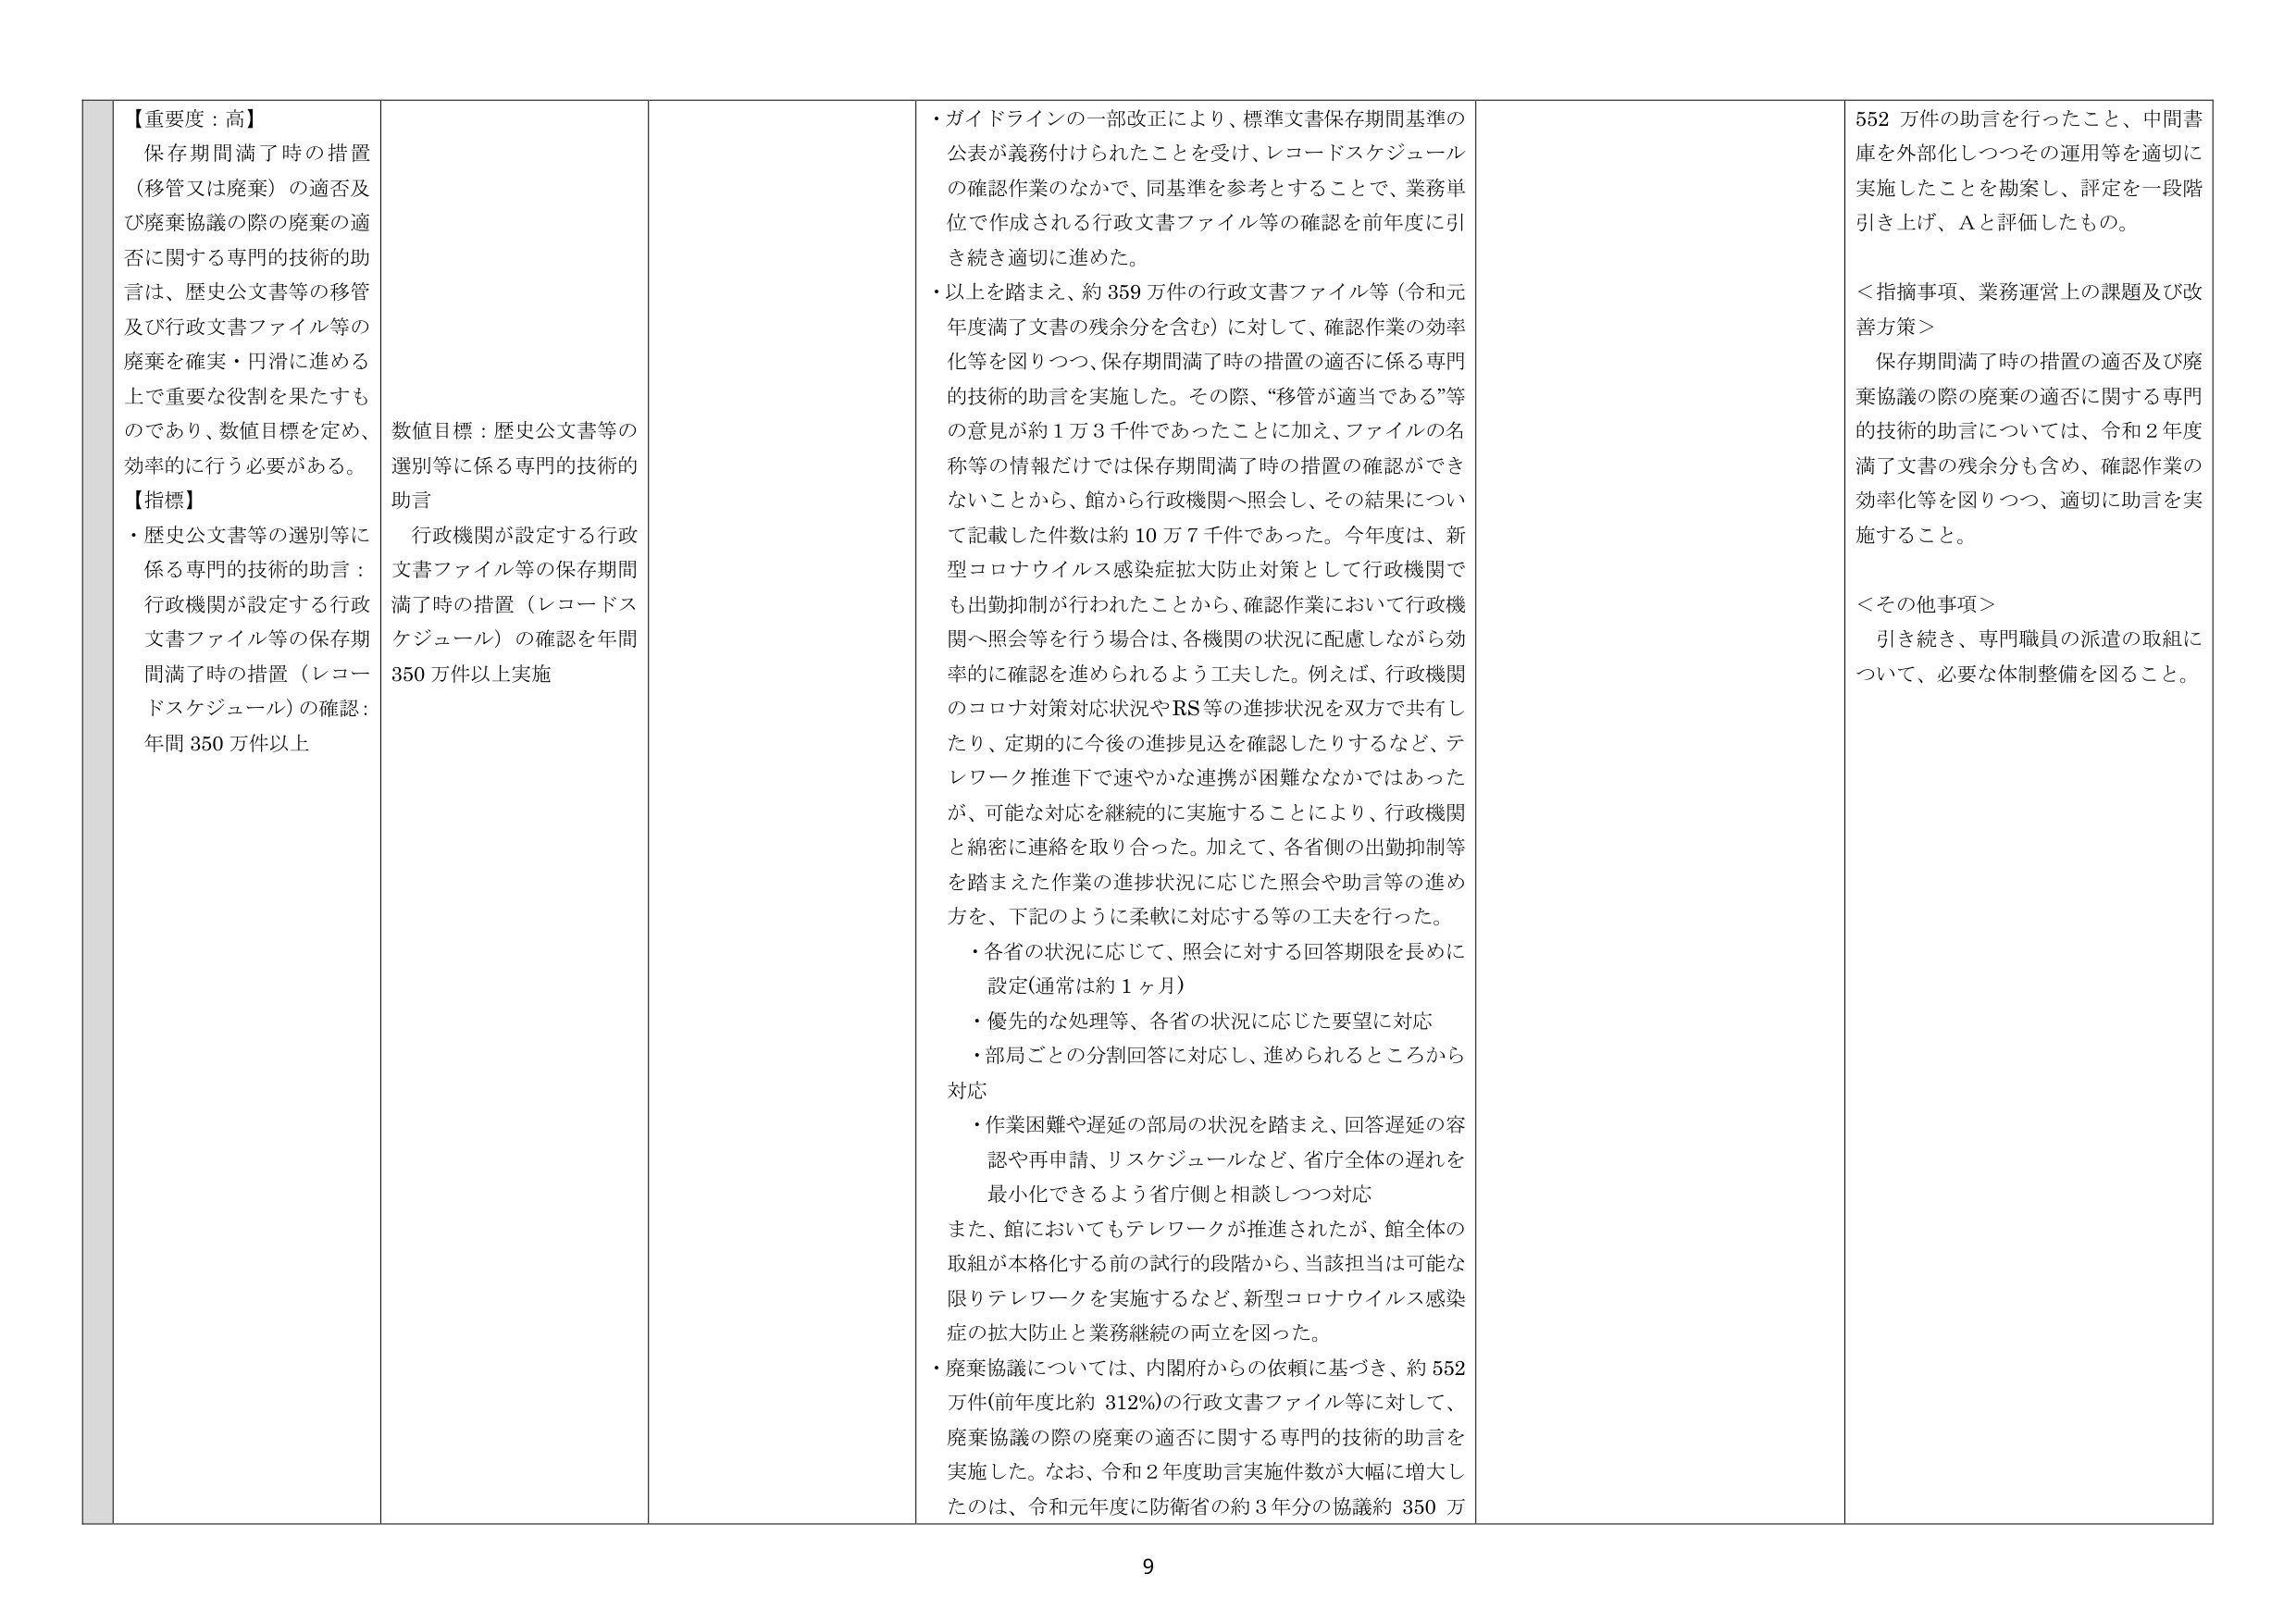
【重要度：高】
保存期間満了時の措置（移管又は廃棄）の適否及び廃棄協議の際の廃棄の適否に関する専門的技術的助言は、歴史公文書等の移管及び行政文書ファイル等の廃棄を確実・円滑に進める上で重要な役割を果たすものであり、数値目標を定め、効率的に行う必要がある。

【指標】
・歴史公文書等の選別等に係る専門的技術的助言：行政機関が設定する行政文書ファイル等の保存期間満了時の措置（レコードスケジュール）の確認：年間350万件以上

数値目標：歴史公文書等の選別等に係る専門的技術的助言
行政機関が設定する行政文書ファイル等の保存期間満了時の措置（レコードスケジュール）の確認を年間350万件以上実施

・ガイドラインの一部改正により、標準文書保存期間基準の公表が義務付けられたことを受け、レコードスケジュールの確認作業のなかで、同基準を参考とすることで、業務単位で作成される行政文書ファイル等の確認を前年度に引き続き適切に進めた。
・以上を踏まえ、約359万件の行政文書ファイル等（令和元年度満了文書の残余分を含む）に対して、確認作業の効率化等を図りつつ、保存期間満了時の措置の適否に係る専門的技術的助言を実施した。その際、“移管が適当である”等の意見が約1万3千件であったことに加え、ファイルの名称等の情報だけでは保存期間満了時の措置の確認ができないことから、館から行政機関へ照会し、その結果について記載した件数は約10万7千件であった。今年度は、新型コロナウイルス感染症拡大防止対策として行政機関でも出勤抑制が行われたことから、確認作業において行政機関へ照会等を行う場合は、各機関の状況に配慮しながら効率的に確認を進められるよう工夫した。例えば、行政機関のコロナ対策対応状況やRS等の進捗状況を双方で共有したり、定期的に今後の進捗見込を確認したりするなど、テレワーク推進下で速やかな連携が困難ななかではあったが、可能な対応を継続的に実施することにより、行政機関と綿密に連絡を取り合った。加えて、各省側の出勤抑制等を踏まえた作業の進捗状況に応じた照会や助言等の進め方を、下記のように柔軟に対応する等の工夫を行った。
　・各省の状況に応じて、照会に対する回答期限を長めに設定（通常は約1ヶ月）
　・優先的な処理等、各省の状況に応じた要望に対応
　・部局ごとの分割回答に対応し、進められるところから対応
　・作業困難や遅延の部局の状況を踏まえ、回答遅延の容認や再申請、リスケジュールなど、省庁全体の遅れを最小化できるよう省庁側と相談しつつ対応
また、館においてもテレワークが推進されたが、館全体の取組が本格化する前の試行的段階から、当該担当は可能な限りテレワークを実施するなど、新型コロナウイルス感染症の拡大防止と業務継続の両立を図った。
・廃棄協議については、内閣府からの依頼に基づき、約552万件（前年度比約312%）の行政文書ファイル等に対して、廃棄協議の際の廃棄の適否に関する専門的技術的助言を実施した。なお、令和2年度助言実施件数が大幅に増大したのは、令和元年度に防衛省の約3年分の協議約350万

552万件の助言を行ったこと、中間書庫を外部化しつつその運用等を適切に実施したことを勘案し、評定を一段階引き上げ、Aと評価したもの。

＜指摘事項、業務運営上の課題及び改善方策＞
保存期間満了時の措置の適否及び廃棄協議の際の廃棄の適否に関する専門的技術的助言については、令和2年度満了文書の残余分も含め、確認作業の効率化等を図りつつ、適切に助言を実施すること。

＜その他事項＞
引き続き、専門職員の派遣の取組について、必要な体制整備を図ること。

9